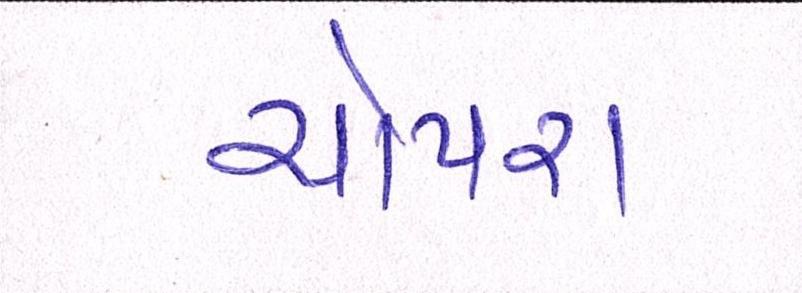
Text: ચોપરા